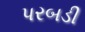
પરબડી